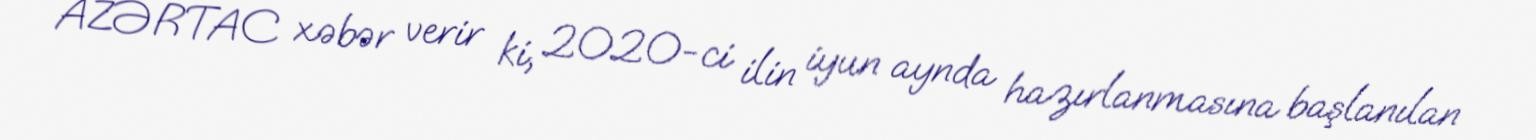
AZƏRTAC xəbər verir ki, 2020-ci ilin iyun aynda hazırlanmasına başlanılan